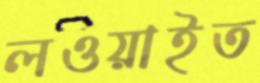
লওয়াইত